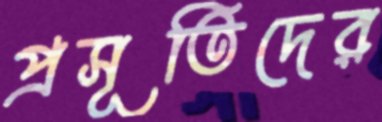
প্রসূতিদের